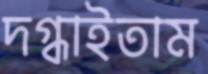
দগ্ধাইতাম